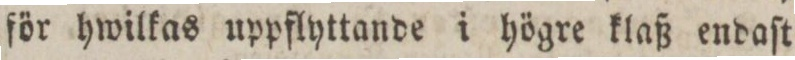
för hwilkas uppflyttande i högre klaß endaſt